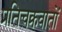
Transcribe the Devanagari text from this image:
प्रतिचक्रवातों